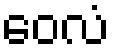
ဝေလံ